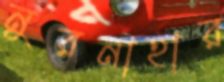
নুরনাহার